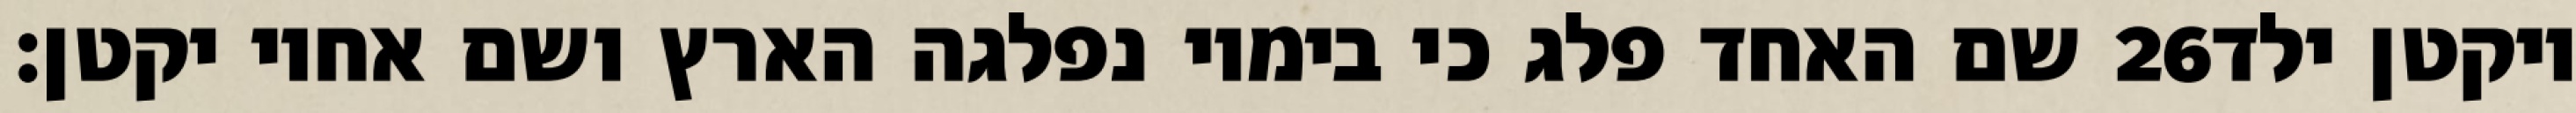
שם האחד פלג כי בימיו נפלגה הארץ ושם אחיו יקטן׃ ‎26‏ ויקטן ילד